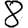
Digit: 8